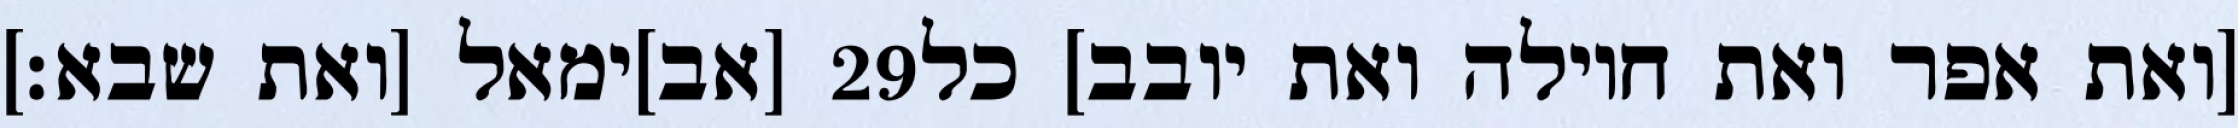
[אב]ימאל [ואת שבא׃] ‎29‏ [ואת אפר ואת חוילה ואת יובב] כל